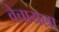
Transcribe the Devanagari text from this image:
वेचायला